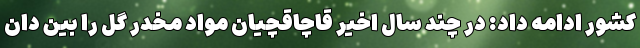
کشور ادامه داد: در چند سال اخیر قاچاقچیان مواد مخدر گل را بین دان